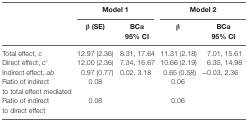
| <ROWSPAN=2>  | <COLSPAN=2> Model 1 | <COLSPAN=2> Model 2 |
 | β (SE) | BCa 95% CI | β | BCa 95% CI |
 | --- | --- | --- | --- | --- |
 | Total effect, c | 12.97 (2.36) | 8.31, 17.64 | 11.31 (2.18) | 7.01, 15.61 |
 | Direct effect, c′ | 12.00 (2.36) | 7.34, 16.67 | 10.66 (2.19) | 6.35, 14.98 |
 | Indirect effect, ab | 0.97 (0.77) | 0.02, 3.18 | 0.65 (0.58) | −0.03, 2.36 |
 | Ratio of indirect to total effect mediated | 0.08 |  | 0.06 |  |
 | Ratio of indirect to direct effect | 0.08 |  | 0.06 |  |